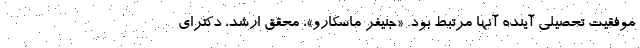
موفقیت تحصیلی آینده آنها مرتبط بود. «جنیفر ماسکارو»، محقق ارشد، دکترای